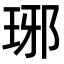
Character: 琊